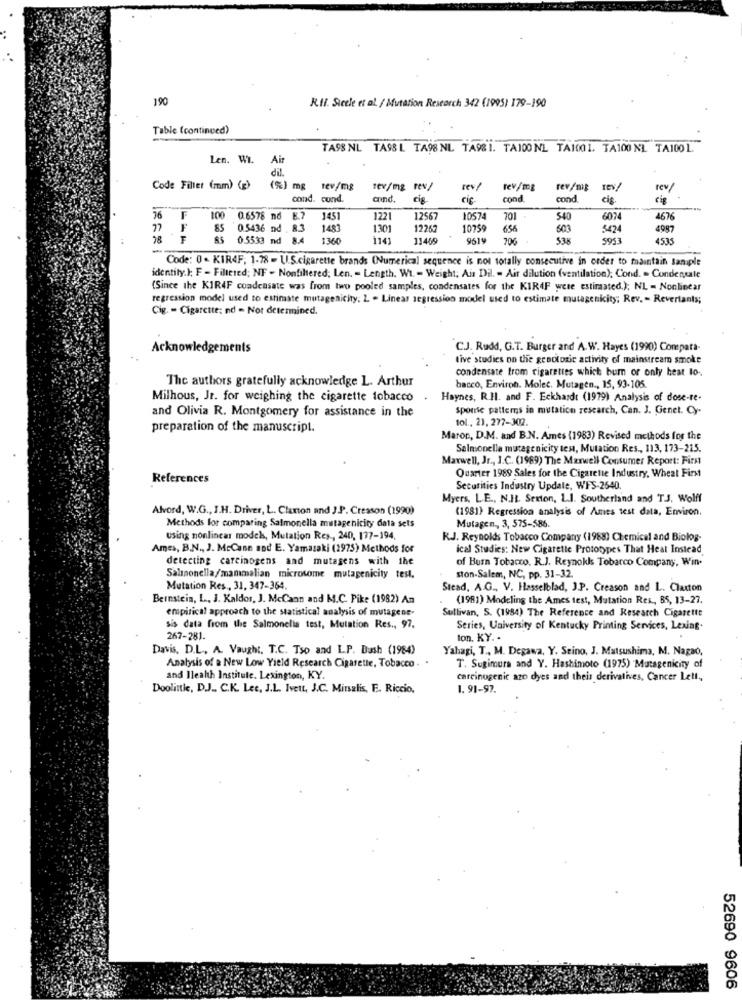
190
K.Il. Sicele et al. / Mutation Research 342 (1995) 179-190
Table (continued)
TASS NL TASS L TA98 NL TA98 1. TA100 NL TA1001. TA100 NL TA1001.
Len. Wi.
Air
dil.
Code Filter (mm) (g)
(%) mg rev/mg
tev/mg tes/
rev/mg
rev/mg
rev/
cond. cund.
cond.
cig
cif-
cond
cond
cig.
76
F
100
0.6578 nd
1451
1221
12567
1057
701
540
6074
4676
F
85
0.5436 nd , 8.3
1483
1301
12267
10759
656
603
5424
4987
28
F
0.5533 nd
1360
1141
11469
9619
206
538
5953
4535
Code: 0 - KIR4F, 1-78 - U.S.cigarette brands (Numerical sequence is not totally consecutive in order to maintain Sample
identity.); F - Filtered; NF - Nonfiltered; Len. - Length. W. - Weight; Ais Dil. - Air dilution (ventilation); Cond. - Condensate
(Since the KIR4F condensate was from two pooled samples, condensates for the KIR4F were estimated.); NL - Nonlinear
regression model used to estimate mutagenicity. L . Linear regression model used to estimate mutagenkity; Rev. - Revertants;
Cig. - Cigarette; nd - Not determined.
Acknowledgements
CJ. Rudd, G.T. Burger and A. W. Hayes (1990) Compara-
tive studies on the genotoxic activity of mainstream smoke
condensate from cigarettes which bum or only heat to.
The authors gratefully acknowledge L. Arthur
bacco, Environ. Molet. Mutagen ., 15, 93-105.
Milhous, Jr. for weighing the cigarette tobacco
Haynes, R.Il. and F. Eckhardt (1979) Analysis of dose-te-
and Olivia R. Montgomery for assistance in the
sponse patterns in mutation research, Can. J. Genet. Cy-
tol ., 21, 277-302.
preparation of the manuscript.
Maron, D.M. and B.N. Ames (1983) Revised methods for the
Salmonella mutagenicity test, Mutation Res ., 113, 173-215.
Maxwell, Jr ., J.C. (1989) The Maxwell Consumer Report: First
References
Quarter 1989 Sales for the Cigarette Industry, Wheat First
Securities Industry Update, WFS-2640.
Myers, L.E ., N.IL. Sexton, L.I. Southerland and T.J. Wolff
Alvord, W.G ., I.H. Driver, L. Clurton and J.P. Cresson (1990)
(1981) Regression analysis of Ames test data, Environ.
Methods for comparing Salmonella mutagenicity data sets
Mutagen ., 3, 575-586.
using nonlinear modck, Mutation Res ., 240, 177-194.
KJ. Reynolds Tobacco Company (1988) Chemical and Biolog-
Ames, B.N ., J. McCann and E. Yamasaki (1975) Methods for
ical Studies: New Cigarette Prototypes That Heat Instead
detecting carcinogens and mutagens with the
of Burn Tobacco. R.J. Reynokks Tobarco Company, Win-
Salsnonella/mammalian microsome mutagenicity test.
ston-Salem, NC, pp. 31-32.
Mutation Res ., 31, 347-364.
Stead, A.G ., V. Hasselblad, J.P. Creason and L. Claxton
Bernstein, L ., J. Kaldor, J. McCann and M.C. Pike (1982) An
.(1981) Modeling the Ames test, Mutation Res ., BS, 13-27.
empirical approach to the statistical analysis of mutagene-
Sullivan, S. (1984) The Reference and Research Cigarette
sis data from the Salmonella test, Mutation Res ., 97.
Series, University of Kentucky Printing Services, Lexing.
267-281.
ton, KY. .
Davis. D.L. A. Vaught. T.C. Tso and L.P. Dush (1984)
Yahagi, T ., M. Degawa, Y. Seino, J. Matsushima, M. Nagao,
Analysis of a New Low Yield Research Cigarette, Tobacco .
T. Sugimura and Y. Hashimoto (1975) Mutagenicity of
and Ileahh Institute. Lexington, KY.
carcinogenic azo dyes and theis derivatives, Cancer Lett ,,
Doolittle, DJ .. C.K. Lee, J.L. Ivett, J.C. Minsalis, E. Riccio,
1. 91-97.
52690 9606